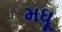
મધૂ